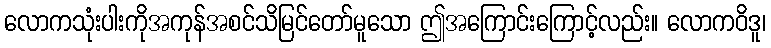
လောကသုံးပါးကိုအကုန်အစင်သိမြင်တော်မူသော ဤအကြောင်းကြောင့်လည်း။ လောကဝိဒူ၊